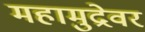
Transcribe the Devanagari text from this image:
महामुद्रेवर